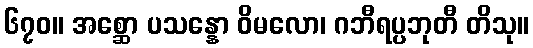
၆၇၀။ အစ္ဆော ပသန္နော ဝိမလော၊ ဂဘီရပ္ပဘုတီ တိသု။